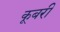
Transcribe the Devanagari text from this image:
कूबरी